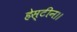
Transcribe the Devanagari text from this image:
हेस्टीन।।